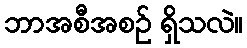
ဘာအစီအစဉ် ရှိသလဲ။